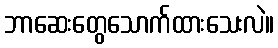
ဘာဆေးတွေသောက်ထားသေးလဲ။